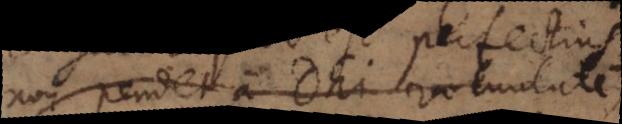
non pendet a Dei voluntate,